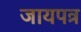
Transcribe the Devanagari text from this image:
जायपत्र